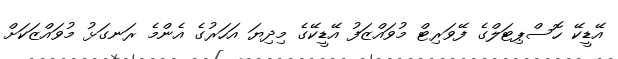
އޭޑީކޭ ހޮސްޕިޓަލްގެ ފޭވަރިޓް މުވައްޒަފު އޭޑީކޭގެ މިދިޔަ އަހަރުގެ އެންމެ ރަނގަޅު މުވައްޒަކަށް